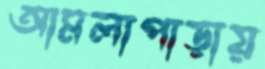
আমলাপাড়ায়